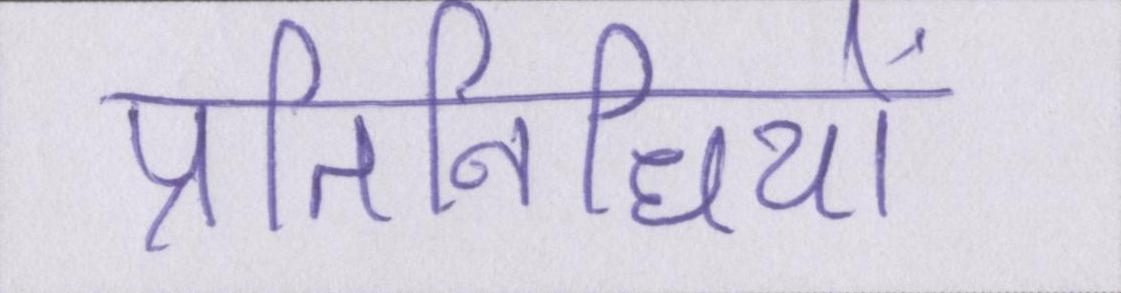
प्रतिनिधियों